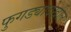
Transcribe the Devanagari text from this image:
फुगड्यादेखील